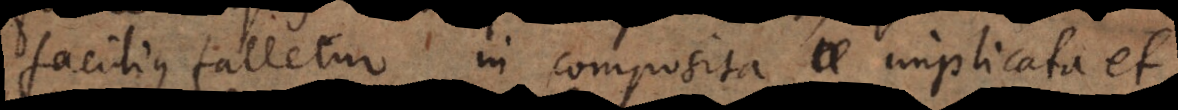
facilius falletur in composita implicata et